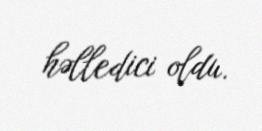
həlledici oldu.